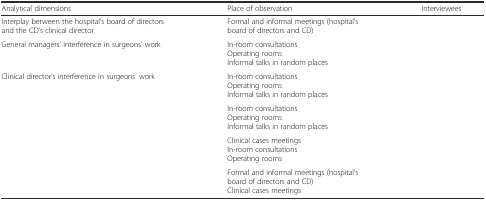
<table><thead><tr><td><b>Analytical dimensions</b></td><td><b>Place of observation</b></td><td><b>Interviewees</b></td></tr></thead><tbody><tr><td>Interplay between the hospital’s board of directors and the CD’s clinical director</td><td>Formal and informal meetings (hospital’s board of directors and CD)</td><td>[EMPTY_CELL]</td></tr><tr><td>General managers’ interference in surgeons’ work</td><td>In-room consultationsOperating roomsInformal talks in random places</td><td>[EMPTY_CELL]</td></tr><tr><td>Clinical director’s interference in surgeons’ work</td><td>In-room consultationsOperating roomsInformal talks in random places</td><td>[EMPTY_CELL]</td></tr><tr><td>[EMPTY_CELL]</td><td>In-room consultationsOperating roomsInformal talks in random places</td><td>[EMPTY_CELL]</td></tr><tr><td>[EMPTY_CELL]</td><td>Clinical cases meetingsIn-room consultationsOperating rooms</td><td>[EMPTY_CELL]</td></tr><tr><td>[EMPTY_CELL]</td><td>Formal and informal meetings (hospital’s board of directors and CD)Clinical cases meetings</td><td>[EMPTY_CELL]</td></tr></tbody></table>